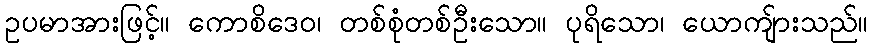
ဥပမာအားဖြင့်။ ကောစိဒေဝ၊ တစ်စုံတစ်ဦးသော။ ပုရိသော၊ ယောကျ်ားသည်။